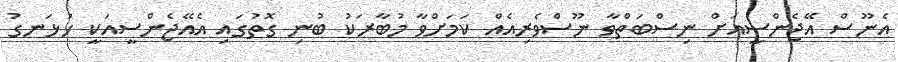
އެނޫސް އޭޖެންސީއަށް ނިސްބަތްވާ ނޫސްވެރިއެއް ކަމަށްވާ މުބާރަކު ބުނި ގޮތުގައި އެއޭޖެންސީއަކީ ހުޅަނގު